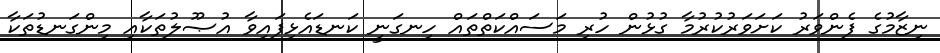
ނިޒާމުގެ ފެންވަރު ކަށަވަރުކުރުމާ ގުޅުން ހުރި މަސައްކަތްތައް ހިނގަނީ ކަނޑައެޅިފައިވާ އުޞޫލުތަކާއި މިންގަނޑުތަކާ